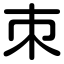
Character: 朿